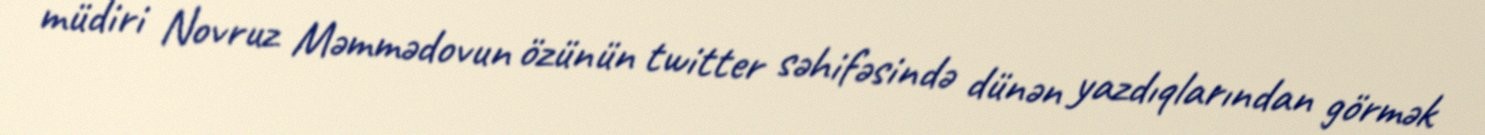
müdiri Novruz Məmmədovun özünün twitter səhifəsində dünən yazdıqlarından görmək